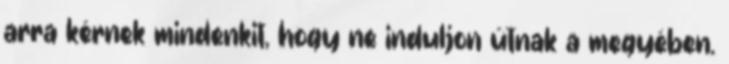
arra kérnek mindenkit, hogy ne induljon útnak a megyében.